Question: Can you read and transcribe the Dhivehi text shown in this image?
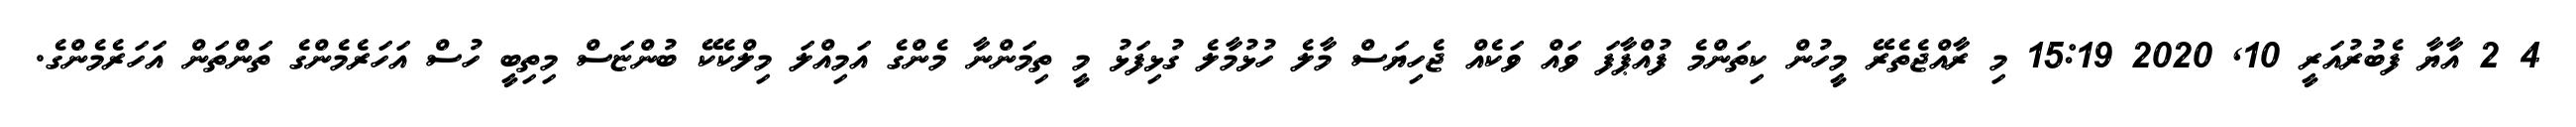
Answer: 4 2 އާޔާ ފެބުރުއަރީ 10, 2020 15:19 މި ރާއްޖެތެރޭ މީހުން ކިތަންމެ ފުއްޕާފަ ވައް ވަކެއް ޖެހިޔަސް މާލެ ހުޅުމާލެ ގުޅިފަޅު މީ ތިމަންނާ މެންގެ އަމިއްލަ މިލްކެކޭ ބުންޏަސް މިތިބީ ހުސް އަހަރެމެންގެ ތަންތަން އަހަރެމެންގެ.